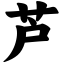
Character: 芦